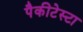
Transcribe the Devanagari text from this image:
पैकीटेस्टा